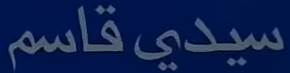
سيدي قاسم